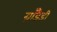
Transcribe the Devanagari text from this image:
ग्राँडैडी